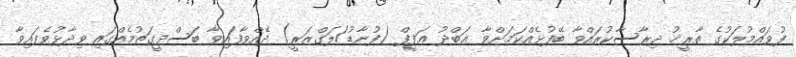
ފުވައްމުލަކުގެ ތާރީޚު ދިރާސާކުރައްވާ ބޭފުޅެއްކަމަށްވާ ޢަބްދު ޢަފީފް (ފުނާޑު/ލަގްޒަރީ) ދެއްވާފައިވާ ބަސްދީގަތުމެއްގައި ވިދާޅުވެފައިވާ